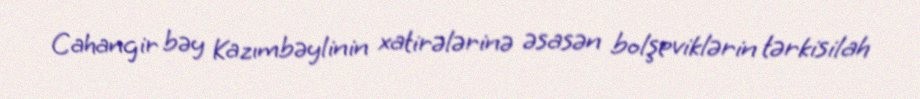
Cahangir bəy Kazımbəylinin xatirələrinə əsasən bolşeviklərin tərkisilah